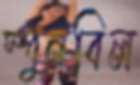
স্পুনবিল